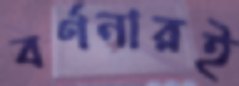
বর্ণনারই